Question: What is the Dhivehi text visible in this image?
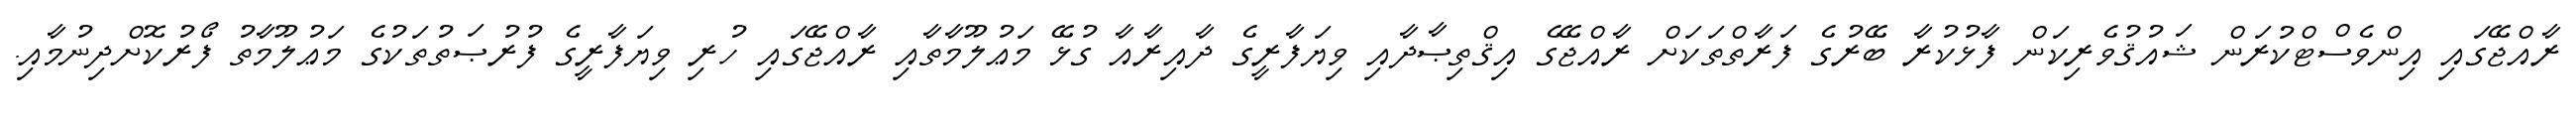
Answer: ރާއްޖޭގައި އިންވެސްޓްކުރަން ޝައުޤުވެރިކަން ފާޅުކުރާ ބޭރުގެ ފަރާތްތަކަށް ރާއްޖޭގެ އިޤްތިޞާދާއި ވިޔަފާރީގެ ދާއިރާއާ ގުޅޭ މަޢުލޫމާތާއި ރާއްޖޭގައި ހުރި ވިޔަފާރީގެ ފުރުޞަތުތަކުގެ މަޢުލޫމާތު ފޯރުކޮށްދިނުމާއި.